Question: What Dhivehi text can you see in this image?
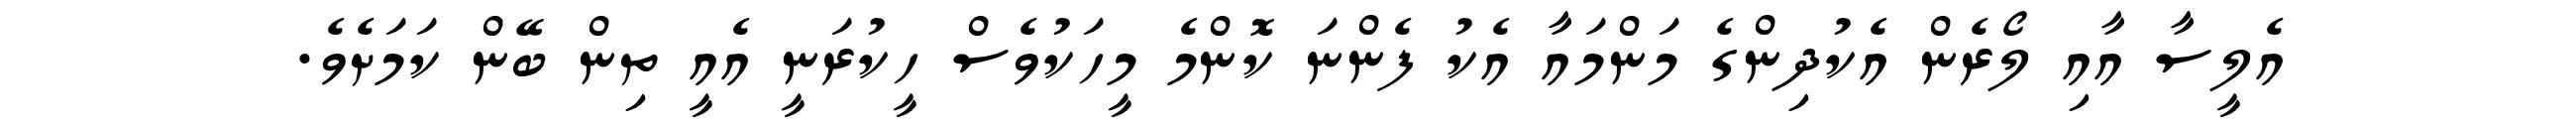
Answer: އެލީސާ އާއި ލޯރެން އެކުދިންގެ މަންމައާ އެކު ފެންނަ ކޮންމެ މީހަކުވެސް ހީކުރަނީ އެއީ ތިން ބޭން ކަމަށެވެ.